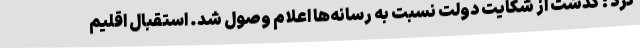
کرد : گذشت از شکایت دولت نسبت به رسانه‌ها اعلام وصول شد. استقبال اقلیم